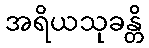
အရိယသုခန္တိ